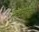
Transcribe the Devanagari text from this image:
मुहम्मदनूर